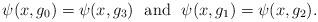
LaTeX: \begin{align*}\psi(x,g_0)=\psi(x,g_3){\rm\ \ and\ \ }\psi(x,g_1)=\psi(x,g_2).\end{align*}